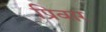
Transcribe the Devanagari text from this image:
प्रिवार